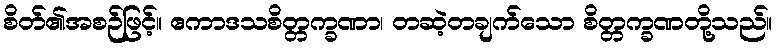
စိတ်၏အစဉ်ဖြင့်။ ဧကာဒသစိတ္တက္ခဏာ၊ တဆဲ့တချက်သော စိတ္တက္ခဏတို့သည်။